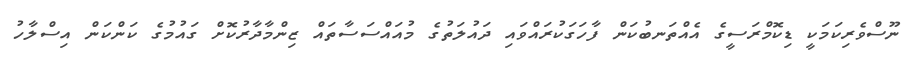
ނޫސްވެރިކަމަކީ ޑިކޮމްރަސީގެ އެއްތަނބުކަން ފާހަގަކުރައްވައި ދައުލަތުގެ މުއައްސަސާތައް ޒިންމާދާރުކޮށް ގައުމުގެ ކަންކަން އިސްލާހު